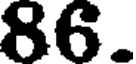
86.